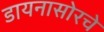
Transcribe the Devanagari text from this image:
डायनासोरचे